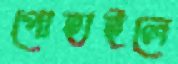
পোহাইলে